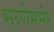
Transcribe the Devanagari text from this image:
सन्गेमर्मर